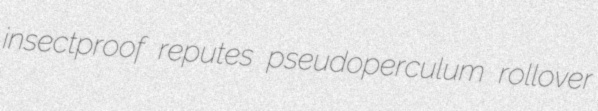
insectproof reputes pseudoperculum rollover